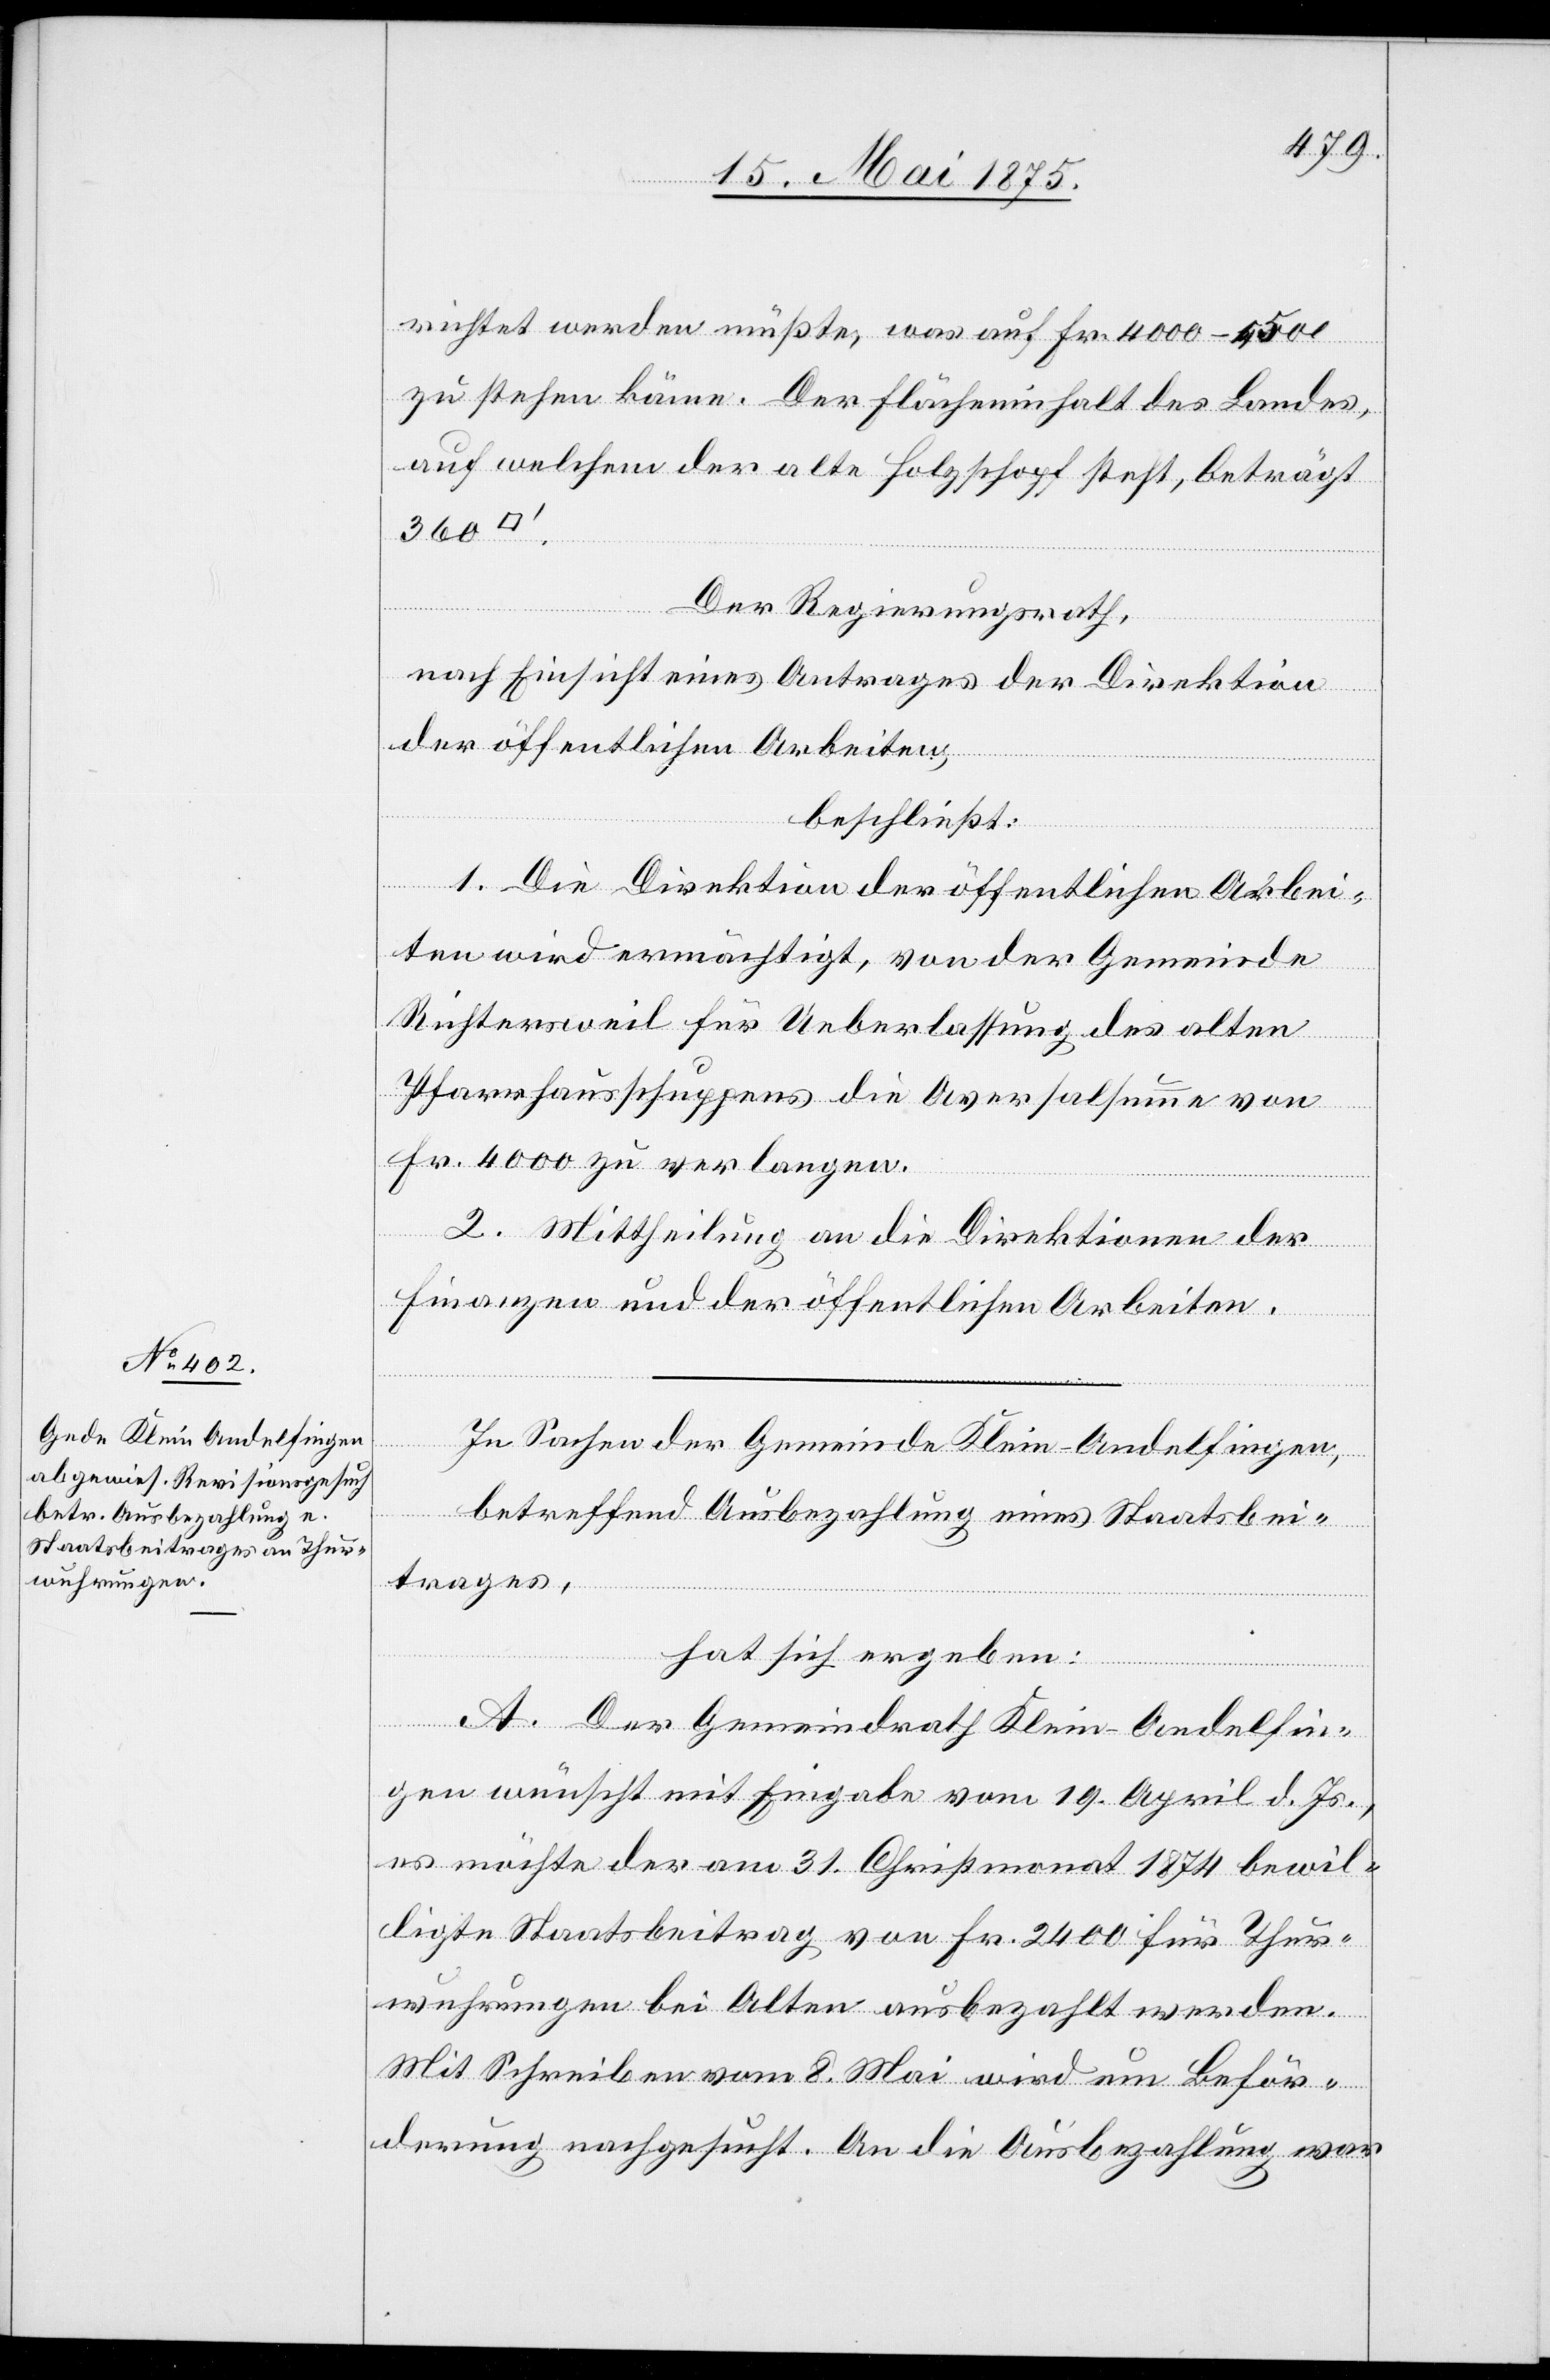
richtet werden müßte, was auf Fr. 4000–4500
zu stehen käme. Der Flächeninhalt des Landes,
auf welchem der alte Holzschopf steht, beträgt
360
Der Regierungsrath,
nach Einsicht eines Antrages der Direktion
der öffentlichen Arbeiten,
beschließt:
1. Die Direktion der öffentlichen Arbei¬
ten wird ermächtig, von der Gemeinde
Richtersweil für Ueberlassung des alten
Pfarrhausschuppens die Aversalsumme von
Fr. 4000 zu verlangen.
2. Mittheilung an die Direktionen der
Finanzen und der öffentlichen Arbeiten.
In Sachen der Gemeinde Klein-Andelfingen,
betreffend Ausbezahlung eines Staatsbei¬
trages,
hat sich ergeben:
A. Der Gemeindrath Klein-Andelfin¬
gen wünscht mit Eingabe vom 19. April d. Js.,
es möchte der am 31. Christmonat 1874 bewil¬
ligte Staatsbeitrag von Fr. 2400 für Thur¬
wuhrungen bei Alten ausbezahlt werden.
Mit Schreiben vom 8. Mai wird um Beför¬
derung nachgesucht. An die Ausbezahlung war